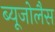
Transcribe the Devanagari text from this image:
ब्यूजोलैस